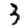
Digit: 3